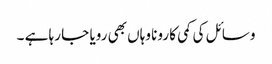
وسائل کی کمی کا رونا وہاں بھی رویا جا رہا ہے ۔